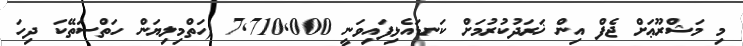
މި މަޝްރޫޢަށް ޖެފް އިން ޚަރަދުކުރުމަށް ކަނޑައެޅިފައިވަނީ 7